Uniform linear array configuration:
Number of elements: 48
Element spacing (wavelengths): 0.75
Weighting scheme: exponential
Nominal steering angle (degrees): -30
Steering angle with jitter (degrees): -29.174
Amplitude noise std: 0.05
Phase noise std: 0.05

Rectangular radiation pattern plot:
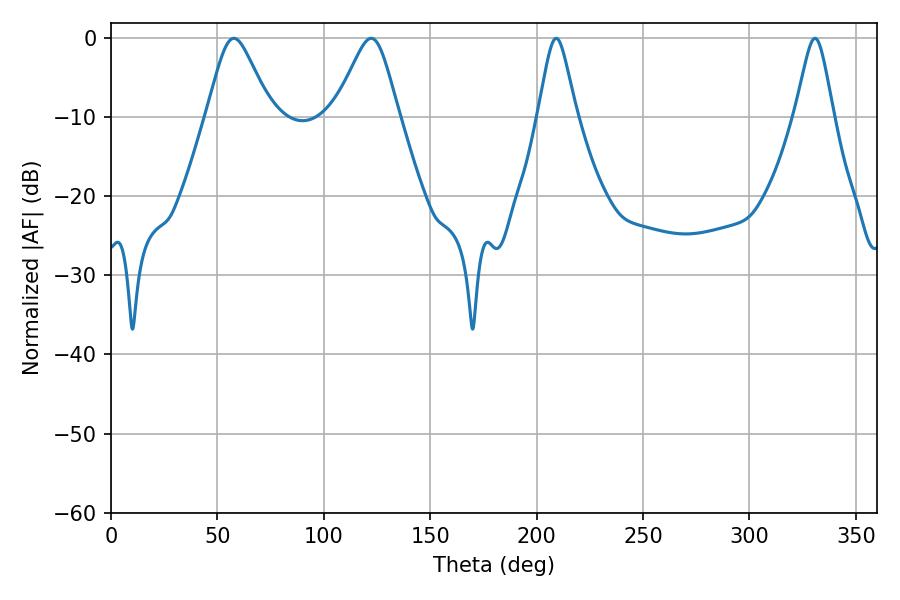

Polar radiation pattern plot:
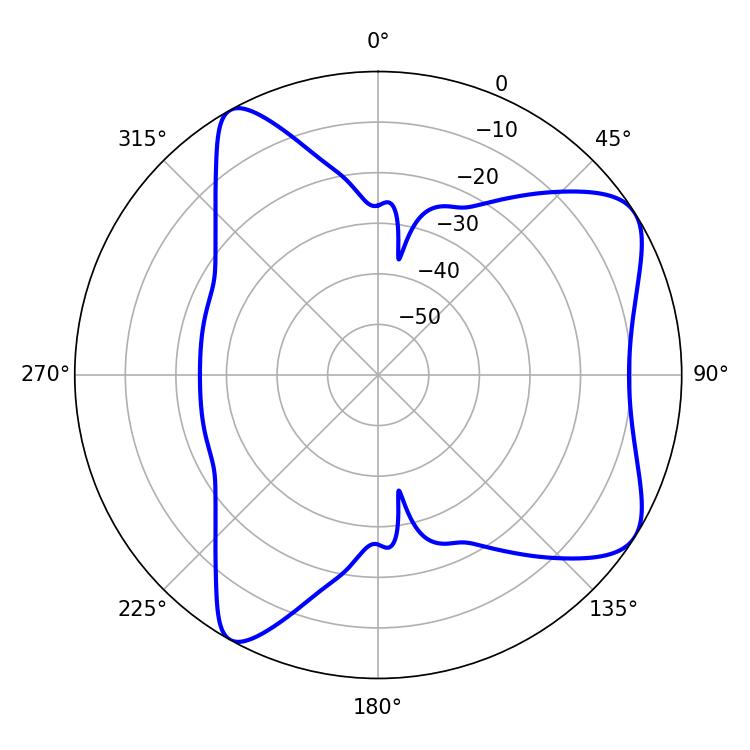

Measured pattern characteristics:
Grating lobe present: TRUE
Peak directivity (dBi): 7.363
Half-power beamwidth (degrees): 14.58
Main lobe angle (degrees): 57.78